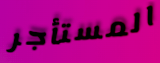
المستأجر